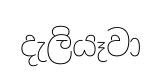
දැලියෑවා